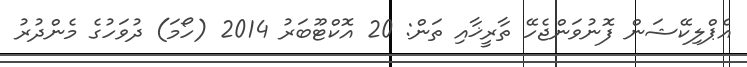
އެޕްލިކޭޝަން ފޮނުވަންޖެހޭ ތާރީޚާއި ތަން: 20 އޮކްޓޫބަރު 2014 (ހޯމަ) ދުވަހުގެ މެންދުރު